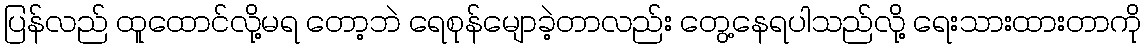
ပြန်လည် ထူထောင်လို့မရ တော့ဘဲ ရေစုန်မျောခဲ့တာလည်း တွေ့နေရပါသည်လို့ ရေးသားထားတာကို